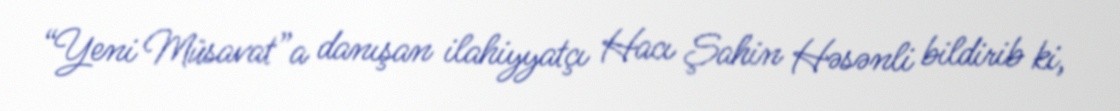
“Yeni Müsavat”a danışan ilahiyyatçı Hacı Şahin Həsənli bildirib ki,